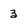
Character: 3